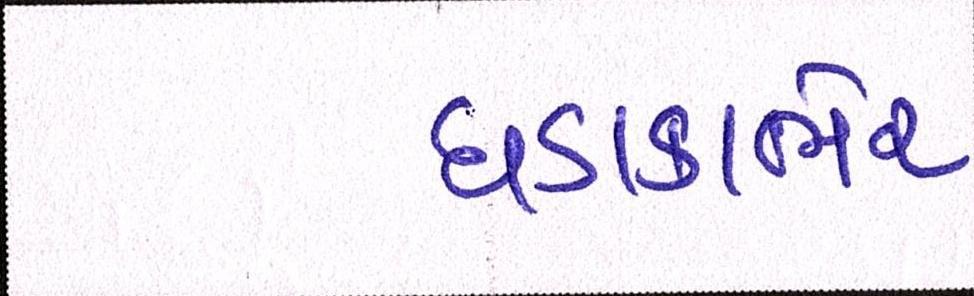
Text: ધડાકાભેર